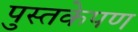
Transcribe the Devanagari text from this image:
पुस्तकेपण